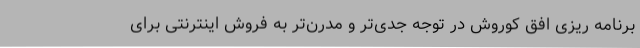
برنامه ریزی افق کوروش در توجه جدی‌تر و مدرن‌تر به فروش اینترنتی برای